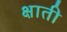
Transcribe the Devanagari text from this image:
क्षाती